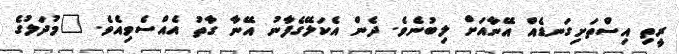
ރީތި އިސްތަށިގަނޑެއް އޭނާއަށް ލިބުނެވެ. ދެން އެކަލޭގެފާނު އޭނާ ގާތު އެއްސެވިއެވެ. "މުދަލުގެ